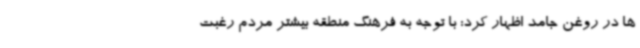
ها در روغن جامد اظهار کرد: با توجه به فرهنگ منطقه بیشتر مردم رغبت